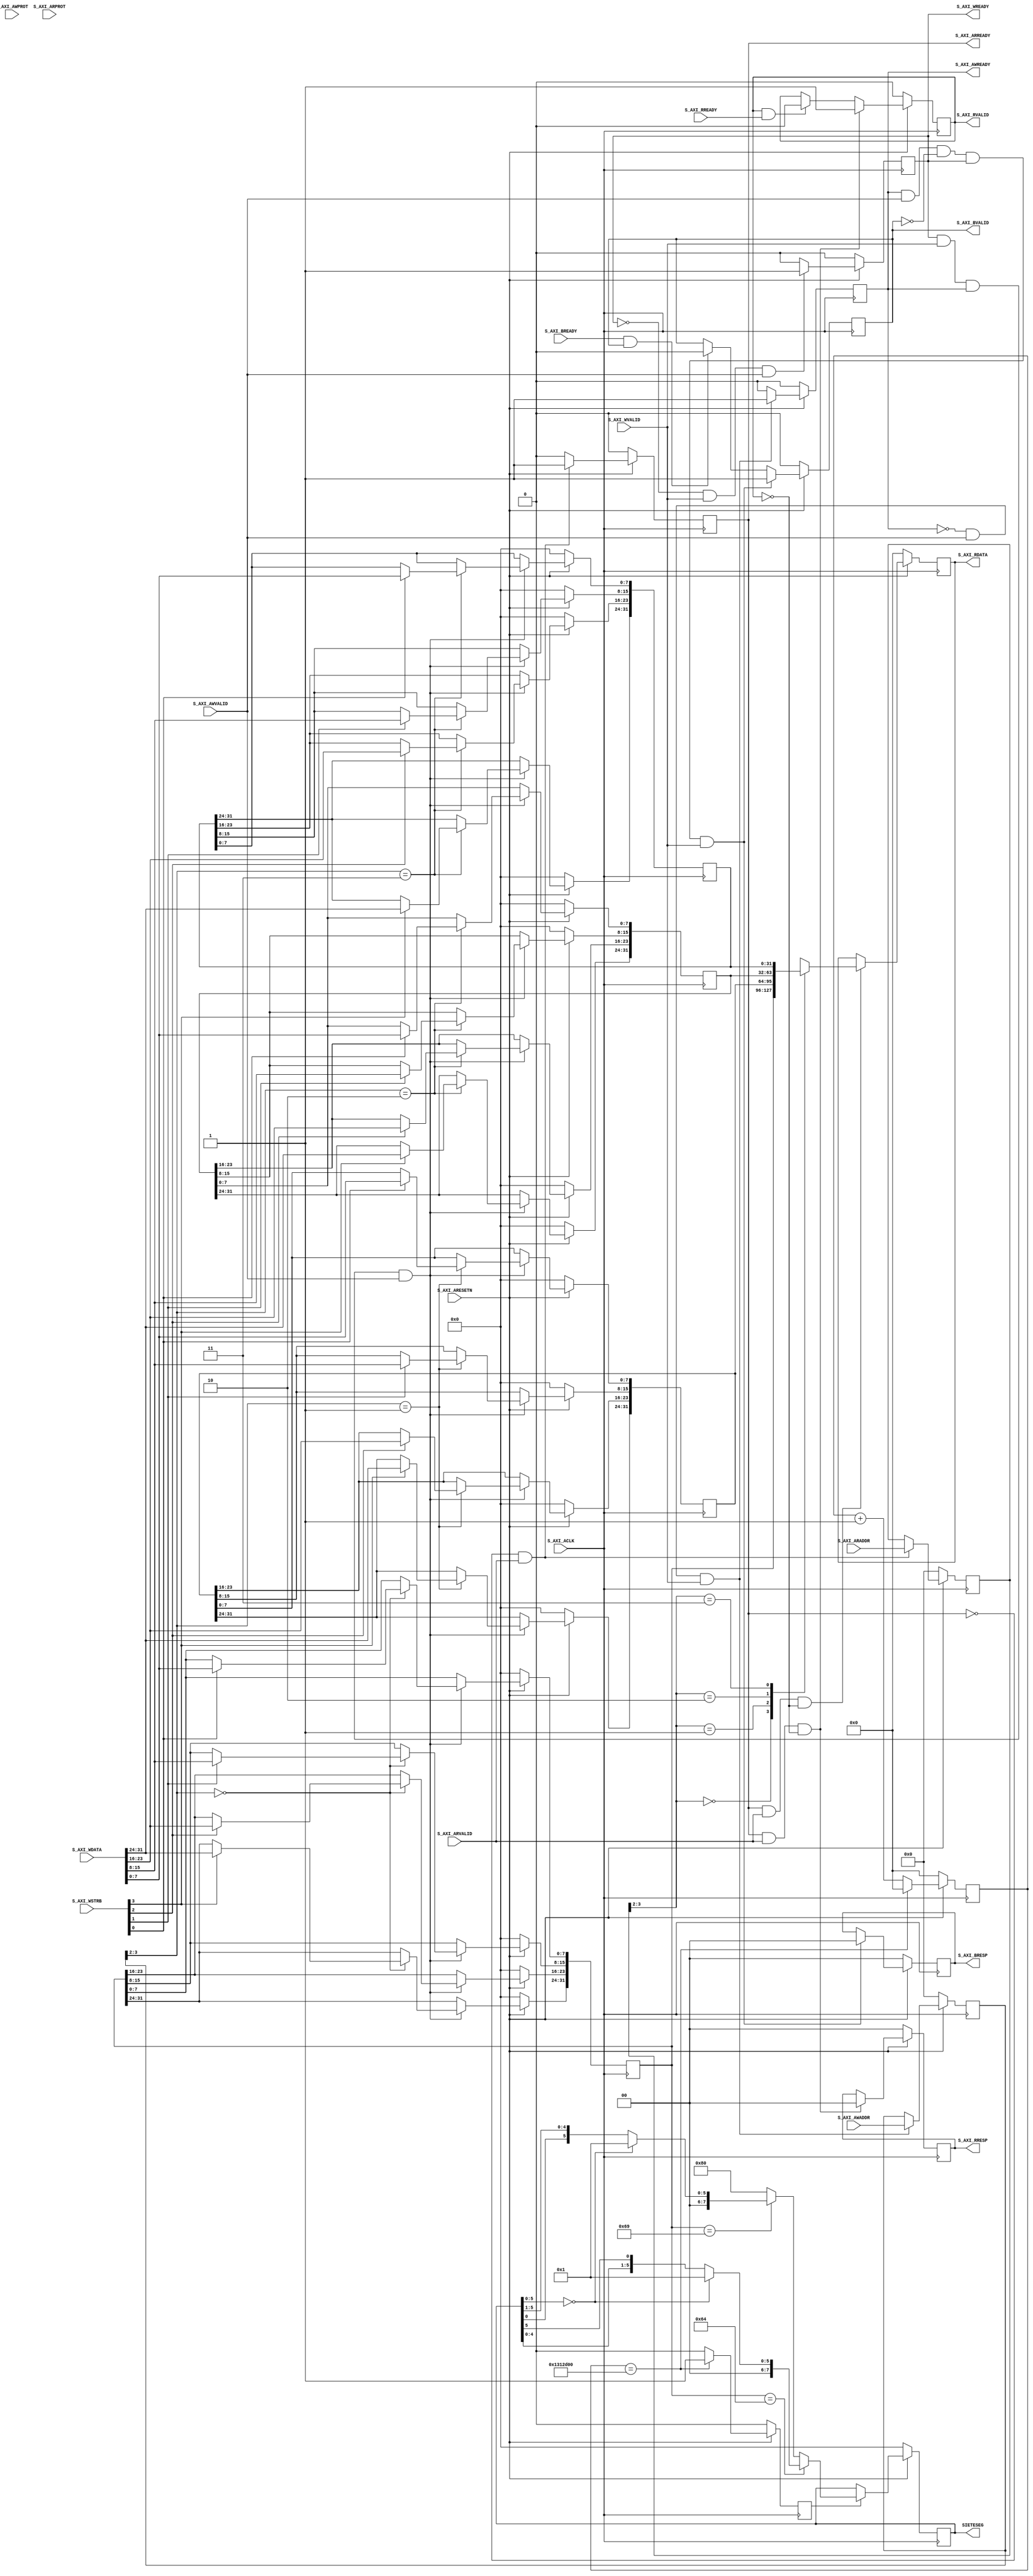
module myip_v1_0_S00_AXI #
	(
		// Users to add parameters here
		parameter integer CUENTA = 20000000,
		// User parameters ends
		// Do not modify the parameters beyond this line

		// Width of S_AXI data bus
		parameter integer C_S_AXI_DATA_WIDTH	= 32,
		// Width of S_AXI address bus
		parameter integer C_S_AXI_ADDR_WIDTH	= 4
	)
	(
		// Users to add ports here
		output reg [7:0] SIETESEG,
		// User ports ends
		// Do not modify the ports beyond this line

		// Global Clock Signal
		input wire  S_AXI_ACLK,
		// Global Reset Signal. This Signal is Active LOW
		input wire  S_AXI_ARESETN,
		// Write address (issued by master, acceped by Slave)
		input wire [C_S_AXI_ADDR_WIDTH-1 : 0] S_AXI_AWADDR,
		// Write channel Protection type. This signal indicates the
    		// privilege and security level of the transaction, and whether
    		// the transaction is a data access or an instruction access.
		input wire [2 : 0] S_AXI_AWPROT,
		// Write address valid. This signal indicates that the master signaling
    		// valid write address and control information.
		input wire  S_AXI_AWVALID,
		// Write address ready. This signal indicates that the slave is ready
    		// to accept an address and associated control signals.
		output wire  S_AXI_AWREADY,
		// Write data (issued by master, acceped by Slave) 
		input wire [C_S_AXI_DATA_WIDTH-1 : 0] S_AXI_WDATA,
		// Write strobes. This signal indicates which byte lanes hold
    		// valid data. There is one write strobe bit for each eight
    		// bits of the write data bus.    
		input wire [(C_S_AXI_DATA_WIDTH/8)-1 : 0] S_AXI_WSTRB,
		// Write valid. This signal indicates that valid write
    		// data and strobes are available.
		input wire  S_AXI_WVALID,
		// Write ready. This signal indicates that the slave
    		// can accept the write data.
		output wire  S_AXI_WREADY,
		// Write response. This signal indicates the status
    		// of the write transaction.
		output wire [1 : 0] S_AXI_BRESP,
		// Write response valid. This signal indicates that the channel
    		// is signaling a valid write response.
		output wire  S_AXI_BVALID,
		// Response ready. This signal indicates that the master
    		// can accept a write response.
		input wire  S_AXI_BREADY,
		// Read address (issued by master, acceped by Slave)
		input wire [C_S_AXI_ADDR_WIDTH-1 : 0] S_AXI_ARADDR,
		// Protection type. This signal indicates the privilege
    		// and security level of the transaction, and whether the
    		// transaction is a data access or an instruction access.
		input wire [2 : 0] S_AXI_ARPROT,
		// Read address valid. This signal indicates that the channel
    		// is signaling valid read address and control information.
		input wire  S_AXI_ARVALID,
		// Read address ready. This signal indicates that the slave is
    		// ready to accept an address and associated control signals.
		output wire  S_AXI_ARREADY,
		// Read data (issued by slave)
		output wire [C_S_AXI_DATA_WIDTH-1 : 0] S_AXI_RDATA,
		// Read response. This signal indicates the status of the
    		// read transfer.
		output wire [1 : 0] S_AXI_RRESP,
		// Read valid. This signal indicates that the channel is
    		// signaling the required read data.
		output wire  S_AXI_RVALID,
		// Read ready. This signal indicates that the master can
    		// accept the read data and response information.
		input wire  S_AXI_RREADY
	);

	// AXI4LITE signals
	reg [C_S_AXI_ADDR_WIDTH-1 : 0] 	axi_awaddr;
	reg  	axi_awready;
	reg  	axi_wready;
	reg [1 : 0] 	axi_bresp;
	reg  	axi_bvalid;
	reg [C_S_AXI_ADDR_WIDTH-1 : 0] 	axi_araddr;
	reg  	axi_arready;
	reg [C_S_AXI_DATA_WIDTH-1 : 0] 	axi_rdata;
	reg [1 : 0] 	axi_rresp;
	reg  	axi_rvalid;

	// Example-specific design signals
	// local parameter for addressing 32 bit / 64 bit C_S_AXI_DATA_WIDTH
	// ADDR_LSB is used for addressing 32/64 bit registers/memories
	// ADDR_LSB = 2 for 32 bits (n downto 2)
	// ADDR_LSB = 3 for 64 bits (n downto 3)
	localparam integer ADDR_LSB = (C_S_AXI_DATA_WIDTH/32) + 1;
	localparam integer OPT_MEM_ADDR_BITS = 1;
	//----------------------------------------------
	//-- Signals for user logic register space example
	//------------------------------------------------
	//-- Number of Slave Registers 4
	reg [C_S_AXI_DATA_WIDTH-1:0]	slv_reg0;
	reg [C_S_AXI_DATA_WIDTH-1:0]	slv_reg1;
	reg [C_S_AXI_DATA_WIDTH-1:0]	slv_reg2;
	reg [C_S_AXI_DATA_WIDTH-1:0]	slv_reg3;
	wire	 slv_reg_rden;
	wire	 slv_reg_wren;
	reg [C_S_AXI_DATA_WIDTH-1:0]	 reg_data_out;
	integer	 byte_index;
	
	reg [31:0] contador;
	reg enable;

	// I/O Connections assignments

	assign S_AXI_AWREADY	= axi_awready;
	assign S_AXI_WREADY	= axi_wready;
	assign S_AXI_BRESP	= axi_bresp;
	assign S_AXI_BVALID	= axi_bvalid;
	assign S_AXI_ARREADY	= axi_arready;
	assign S_AXI_RDATA	= axi_rdata;
	assign S_AXI_RRESP	= axi_rresp;
	assign S_AXI_RVALID	= axi_rvalid;
	// Implement axi_awready generation
	// axi_awready is asserted for one S_AXI_ACLK clock cycle when both
	// S_AXI_AWVALID and S_AXI_WVALID are asserted. axi_awready is
	// de-asserted when reset is low.

	always @( posedge S_AXI_ACLK )
	begin
	  if ( S_AXI_ARESETN == 1'b0 )
	    begin
	      axi_awready <= 1'b0;
	    end 
	  else
	    begin    
	      if (~axi_awready && S_AXI_AWVALID && S_AXI_WVALID)
	        begin
	          // slave is ready to accept write address when 
	          // there is a valid write address and write data
	          // on the write address and data bus. This design 
	          // expects no outstanding transactions. 
	          axi_awready <= 1'b1;
	        end
	      else           
	        begin
	          axi_awready <= 1'b0;
	        end
	    end 
	end       

	// Implement axi_awaddr latching
	// This process is used to latch the address when both 
	// S_AXI_AWVALID and S_AXI_WVALID are valid. 

	always @( posedge S_AXI_ACLK )
	begin
	  if ( S_AXI_ARESETN == 1'b0 )
	    begin
	      axi_awaddr <= 0;
	    end 
	  else
	    begin    
	      if (~axi_awready && S_AXI_AWVALID && S_AXI_WVALID)
	        begin
	          // Write Address latching 
	          axi_awaddr <= S_AXI_AWADDR;
	        end
	    end 
	end       

	// Implement axi_wready generation
	// axi_wready is asserted for one S_AXI_ACLK clock cycle when both
	// S_AXI_AWVALID and S_AXI_WVALID are asserted. axi_wready is 
	// de-asserted when reset is low. 

	always @( posedge S_AXI_ACLK )
	begin
	  if ( S_AXI_ARESETN == 1'b0 )
	    begin
	      axi_wready <= 1'b0;
	    end 
	  else
	    begin    
	      if (~axi_wready && S_AXI_WVALID && S_AXI_AWVALID)
	        begin
	          // slave is ready to accept write data when 
	          // there is a valid write address and write data
	          // on the write address and data bus. This design 
	          // expects no outstanding transactions. 
	          axi_wready <= 1'b1;
	        end
	      else
	        begin
	          axi_wready <= 1'b0;
	        end
	    end 
	end       

	// Implement memory mapped register select and write logic generation
	// The write data is accepted and written to memory mapped registers when
	// axi_awready, S_AXI_WVALID, axi_wready and S_AXI_WVALID are asserted. Write strobes are used to
	// select byte enables of slave registers while writing.
	// These registers are cleared when reset (active low) is applied.
	// Slave register write enable is asserted when valid address and data are available
	// and the slave is ready to accept the write address and write data.
	assign slv_reg_wren = axi_wready && S_AXI_WVALID && axi_awready && S_AXI_AWVALID;

	always @( posedge S_AXI_ACLK )
	begin
	  if ( S_AXI_ARESETN == 1'b0 )
	    begin
	      slv_reg0 <= 0;
	      slv_reg1 <= 0;
	      slv_reg2 <= 0;
	      slv_reg3 <= 0;
	    end 
	  else begin
	    if (slv_reg_wren)
	      begin
	        case ( axi_awaddr[ADDR_LSB+OPT_MEM_ADDR_BITS:ADDR_LSB] )
	          2'h0:
	            for ( byte_index = 0; byte_index <= (C_S_AXI_DATA_WIDTH/8)-1; byte_index = byte_index+1 )
	              if ( S_AXI_WSTRB[byte_index] == 1 ) begin
	                // Respective byte enables are asserted as per write strobes 
	                // Slave register 0
	                slv_reg0[(byte_index*8) +: 8] <= S_AXI_WDATA[(byte_index*8) +: 8];
	              end  
	          2'h1:
	            for ( byte_index = 0; byte_index <= (C_S_AXI_DATA_WIDTH/8)-1; byte_index = byte_index+1 )
	              if ( S_AXI_WSTRB[byte_index] == 1 ) begin
	                // Respective byte enables are asserted as per write strobes 
	                // Slave register 1
	                slv_reg1[(byte_index*8) +: 8] <= S_AXI_WDATA[(byte_index*8) +: 8];
	              end  
	          2'h2:
	            for ( byte_index = 0; byte_index <= (C_S_AXI_DATA_WIDTH/8)-1; byte_index = byte_index+1 )
	              if ( S_AXI_WSTRB[byte_index] == 1 ) begin
	                // Respective byte enables are asserted as per write strobes 
	                // Slave register 2
	                slv_reg2[(byte_index*8) +: 8] <= S_AXI_WDATA[(byte_index*8) +: 8];
	              end  
	          2'h3:
	            for ( byte_index = 0; byte_index <= (C_S_AXI_DATA_WIDTH/8)-1; byte_index = byte_index+1 )
	              if ( S_AXI_WSTRB[byte_index] == 1 ) begin
	                // Respective byte enables are asserted as per write strobes 
	                // Slave register 3
	                slv_reg3[(byte_index*8) +: 8] <= S_AXI_WDATA[(byte_index*8) +: 8];
	              end  
	          default : begin
	                      slv_reg0 <= slv_reg0;
	                      slv_reg1 <= slv_reg1;
	                      slv_reg2 <= slv_reg2;
	                      slv_reg3 <= slv_reg3;
	                    end
	        endcase
	      end
	  end
	end    

	// Implement write response logic generation
	// The write response and response valid signals are asserted by the slave 
	// when axi_wready, S_AXI_WVALID, axi_wready and S_AXI_WVALID are asserted.  
	// This marks the acceptance of address and indicates the status of 
	// write transaction.

	always @( posedge S_AXI_ACLK )
	begin
	  if ( S_AXI_ARESETN == 1'b0 )
	    begin
	      axi_bvalid  <= 0;
	      axi_bresp   <= 2'b0;
	    end 
	  else
	    begin    
	      if (axi_awready && S_AXI_AWVALID && ~axi_bvalid && axi_wready && S_AXI_WVALID)
	        begin
	          // indicates a valid write response is available
	          axi_bvalid <= 1'b1;
	          axi_bresp  <= 2'b0; // 'OKAY' response 
	        end                   // work error responses in future
	      else
	        begin
	          if (S_AXI_BREADY && axi_bvalid) 
	            //check if bready is asserted while bvalid is high) 
	            //(there is a possibility that bready is always asserted high)   
	            begin
	              axi_bvalid <= 1'b0; 
	            end  
	        end
	    end
	end   

	// Implement axi_arready generation
	// axi_arready is asserted for one S_AXI_ACLK clock cycle when
	// S_AXI_ARVALID is asserted. axi_awready is 
	// de-asserted when reset (active low) is asserted. 
	// The read address is also latched when S_AXI_ARVALID is 
	// asserted. axi_araddr is reset to zero on reset assertion.

	always @( posedge S_AXI_ACLK )
	begin
	  if ( S_AXI_ARESETN == 1'b0 )
	    begin
	      axi_arready <= 1'b0;
	      axi_araddr  <= 32'b0;
	    end 
	  else
	    begin    
	      if (~axi_arready && S_AXI_ARVALID)
	        begin
	          // indicates that the slave has acceped the valid read address
	          axi_arready <= 1'b1;
	          // Read address latching
	          axi_araddr  <= S_AXI_ARADDR;
	        end
	      else
	        begin
	          axi_arready <= 1'b0;
	        end
	    end 
	end       

	// Implement axi_arvalid generation
	// axi_rvalid is asserted for one S_AXI_ACLK clock cycle when both 
	// S_AXI_ARVALID and axi_arready are asserted. The slave registers 
	// data are available on the axi_rdata bus at this instance. The 
	// assertion of axi_rvalid marks the validity of read data on the 
	// bus and axi_rresp indicates the status of read transaction.axi_rvalid 
	// is deasserted on reset (active low). axi_rresp and axi_rdata are 
	// cleared to zero on reset (active low).  
	always @( posedge S_AXI_ACLK )
	begin
	  if ( S_AXI_ARESETN == 1'b0 )
	    begin
	      axi_rvalid <= 0;
	      axi_rresp  <= 0;
	    end 
	  else
	    begin    
	      if (axi_arready && S_AXI_ARVALID && ~axi_rvalid)
	        begin
	          // Valid read data is available at the read data bus
	          axi_rvalid <= 1'b1;
	          axi_rresp  <= 2'b0; // 'OKAY' response
	        end   
	      else if (axi_rvalid && S_AXI_RREADY)
	        begin
	          // Read data is accepted by the master
	          axi_rvalid <= 1'b0;
	        end                
	    end
	end    

	// Implement memory mapped register select and read logic generation
	// Slave register read enable is asserted when valid address is available
	// and the slave is ready to accept the read address.
	assign slv_reg_rden = axi_arready & S_AXI_ARVALID & ~axi_rvalid;
	always @(*)
	begin
	      // Address decoding for reading registers
	      case ( axi_araddr[ADDR_LSB+OPT_MEM_ADDR_BITS:ADDR_LSB] )
	        2'h0   : reg_data_out <= slv_reg0;
	        2'h1   : reg_data_out <= slv_reg1;
	        2'h2   : reg_data_out <= slv_reg2;
	        2'h3   : reg_data_out <= slv_reg3;
	        default : reg_data_out <= 0;
	      endcase
	end

	// Output register or memory read data
	always @( posedge S_AXI_ACLK )
	begin
	  if ( S_AXI_ARESETN == 1'b0 )
	    begin
	      axi_rdata  <= 0;
	    end 
	  else
	    begin    
	      // When there is a valid read address (S_AXI_ARVALID) with 
	      // acceptance of read address by the slave (axi_arready), 
	      // output the read dada 
	      if (slv_reg_rden)
	        begin
	          axi_rdata <= reg_data_out;     // register read data
	        end   
	    end
	end    

	// Add user logic here
	// LÓGICA DE USUARIO NUESTRA, BLOQUE MÁS INTERIOR
	always @ (posedge S_AXI_ACLK)
	begin
	  if (S_AXI_ARESETN == 1'b0)
	    begin
		    enable <= 1'b0;
		    contador <= 32'b0;
			end
		else if (contador == CUENTA)
	    begin
				enable <= 1'b1;
		    contador <= 32'b0;
  	  end
		else
			begin
				enable <= 1'b0;
		    contador <= contador + 1'b1;
			end
	end

	always @ (posedge S_AXI_ACLK)
	begin
		if (S_AXI_ARESETN == 1'b0)
			begin
				SIETESEG <= 8'b0;
			end
		else if (enable)
			begin
				if (slv_reg0 == "d")
					begin
						if (SIETESEG [0:5] == 0)
							begin
								SIETESEG <= 8'b1;
							end
						else
							SIETESEG <= {2'b0,SIETESEG[4:0],SIETESEG[5]};
					end
				else if (slv_reg0 == "i")
					begin
						if (SIETESEG [0:5] == 0)
							begin
								SIETESEG <= 8'b1;
							end
						else
							begin
								SIETESEG <= {2'b0,SIETESEG[0],SIETESEG[5:1]};
							end
					end
			else
				begin
					SIETESEG <= 8'h80;
				end
			end
	end

	// User logic ends

	endmodule